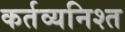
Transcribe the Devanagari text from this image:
कर्तव्यनिश्त